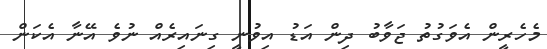
މެހެރީން އެވަގުތު ޖަވާބު ދިން އަޑު އިވުނީ ގިނައިރެއް ނުވެ އޭނާ އެކަން